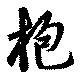
枹